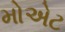
મોએટ